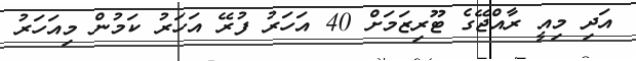
އަދި މިއީ ރާއްޖޭގެ ޓޫރިޒަމަށް 40 އަހަރު ފުރޭ އަހަރު ކަމުން މިއަހަރު